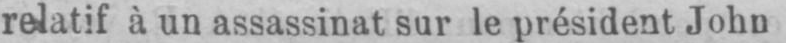
relatif à un assassinat sur le président John